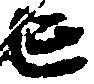
亡